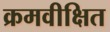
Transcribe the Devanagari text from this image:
क्रमवीक्षित